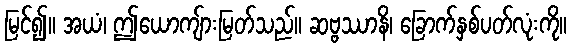
မြင်၍။ အယံ၊ ဤယောကျ်ားမြတ်သည်။ ဆဗ္ဗဿာနိ၊ ခြောက်နှစ်ပတ်လုံးကို။